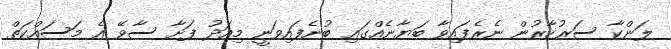
ލަންކާ ސަރުކާރުން ނެރެފައިވާ ބަޔާނެއްގައި ބުނެފައިވަނީ މިއަދު ފަށާ ސާވޭ އެ މަސައްކަތް